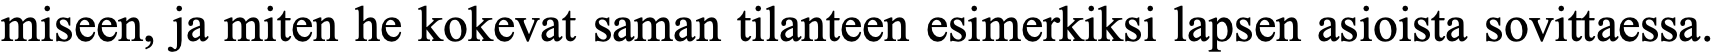
miseen, ja miten he kokevat saman tilanteen esimerkiksi lapsen asioista sovittaessa.